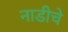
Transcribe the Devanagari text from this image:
नाडीचे